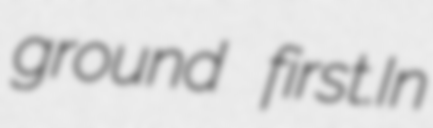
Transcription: ground first.In